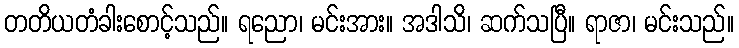
တတိယတံခါးစောင့်သည်။ ရညော၊ မင်းအား။ အဒါသိ၊ ဆက်သပြီ။ ရာဇာ၊ မင်းသည်။